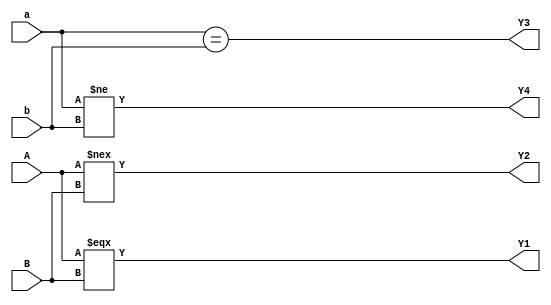
// Code your design here
module Equality(A, B, a,  b, Y1, Y2, Y3, Y4);
  input [3:0] A, B;
  input a, b;
  output reg Y1, Y2, Y3, Y4;
  
  always @* begin
    Y1= A === B;
    Y2= A !== B;
    Y3= a == b;
    Y4= a != b;
  end
  
endmodule